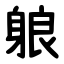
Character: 躴